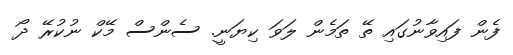
ފެން ފައިވާނުގައި ތޭ ތަމެން ލަވަ ކިޔަނީ. ސެންސް މޭކް ނުކުރޭ ދޯ